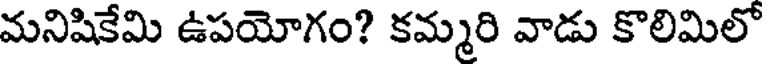
మనిషికేమి ఉపయోగం? కమ్మరి వాడు కొలిమిలో